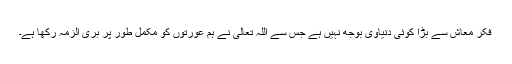
فکر معاش سے بڑا کوئی دنیاوی بوجھ نہیں ہے جس سے اللہ تعالیٰ نے ہم عورتوں کو مکمل طور پر بری الزمہ رکھا ہے۔